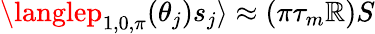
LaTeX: \langlep_{1,0,\pi}(\theta_{j})s_{j}\rangle\approx(\pi\tau_{m}\mathbb{R})S